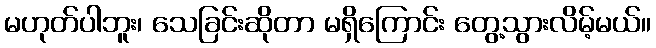
မဟုတ်ပါဘူး၊ သေခြင်းဆိုတာ မရှိကြောင်း တွေ့သွားလိမ့်မယ်။